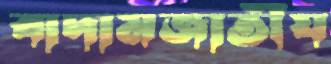
বাদামজাতীয